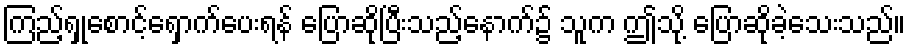
ကြည့်ရှုစောင့်ရှောက်ပေးရန် ပြောဆိုပြီးသည့်နောက်၌ သူက ဤသို့ ပြောဆိုခဲ့သေးသည်။